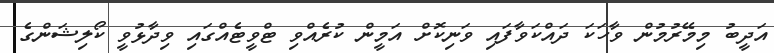
އަދީބު މިމޭރުމުން ވާހަކަ ދައްކަވާފައި ވަނިކޮށް އަމީން ކުރެއްވި ޓްވީޓެއްގައި ވިދާޅުވީ ކޯލިޝަންގެ